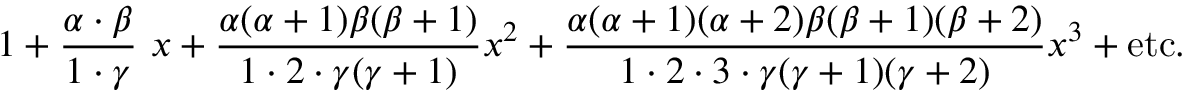
1 + { \frac { \alpha \cdot \beta } { 1 \cdot \gamma } } ~ x + { \frac { \alpha ( \alpha + 1 ) \beta ( \beta + 1 ) } { 1 \cdot 2 \cdot \gamma ( \gamma + 1 ) } } x ^ { 2 } + { \frac { \alpha ( \alpha + 1 ) ( \alpha + 2 ) \beta ( \beta + 1 ) ( \beta + 2 ) } { 1 \cdot 2 \cdot 3 \cdot \gamma ( \gamma + 1 ) ( \gamma + 2 ) } } x ^ { 3 } + { \mathrm { e t c . } }